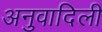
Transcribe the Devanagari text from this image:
अनुवादिली